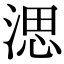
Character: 㴓